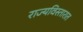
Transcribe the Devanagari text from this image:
राज्यविस्तारात